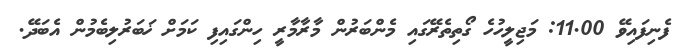
ފެނިފައިވޭ 11.00: މަޖިލީހުހެ ގޯތިތެރޭގައި މެންބަރުން މާރާމާރީ ހިންގައިފި ކަމަށް ޚަބަރުލިބެމުން އެބަދޭ.